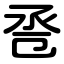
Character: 卺